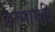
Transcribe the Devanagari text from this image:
करुनामयि